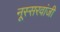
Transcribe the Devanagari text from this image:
नूस्सरवांजी